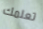
تعلمك